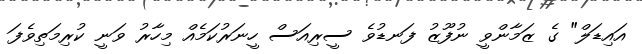
އައިޑަލް" ގެ ޒަމާންވީ ނުފޫޒު ފަނޑުވެ ސީރިއަސް ހީނަރުކަމެއް މިހާރު ވަނީ ކުރިމަތިވެފަ